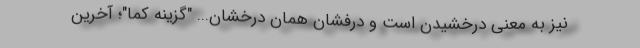
نیز به معنی درخشیدن است و درفشان همان درخشان... "گزینه کما"؛ آخرین